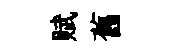
赋舊